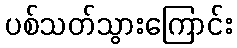
ပစ်သတ်သွားကြောင်း